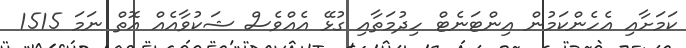
ކަމަށާއި އެހެންކަމުން އިންޓަނެޓް ހިދުމަތާއި ގުޅޭ އެއްވެސް ޝަކުވާއެއް އޮތް ނަމަ 1515